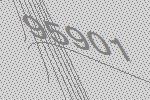
95901